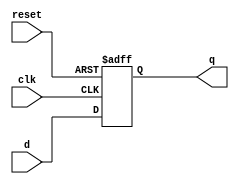
module D_FF(q,d,clk,reset);

output q;
input d,clk,reset;

reg q;

   always@(posedge reset or negedge clk)
         if(reset)
               q<=1'b0;
         else
               q<=d;
 
 
 
 
  endmodule